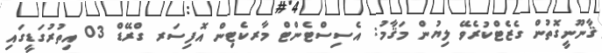
ޤާނޫނީގޮތުން ގެޒެޓްކުރެވޭ ލިޔުން މަޤާމު: އެސިސްޓެންޓް މާރކެޓިން އޮފިސަރ ގްރޭޑް 03 އިތުރުގަޑީގައި